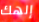
إلهك